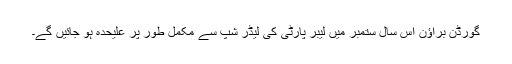
گورڈن براؤن اس سال ستمبر میں لیبر پارٹی کی لیڈر شپ سے مکمل طور پر علیٰحدہ ہو جائیں گے۔